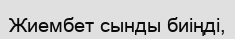
Жиембет сынды биіңді,